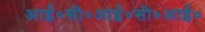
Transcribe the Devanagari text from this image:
आई०सी०आई०सी०आई०